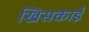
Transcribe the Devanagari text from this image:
खिसकाई